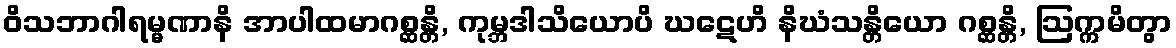
ဝိသဘာဂါရမ္မဏာနိ အာပါထမာဂစ္ဆန္တိ, ကုမ္ဘဒါသိယောပိ ဃဋေဟိ နိဃံသန္တိယော ဂစ္ဆန္တိ, ဩက္ကမိတွာ